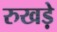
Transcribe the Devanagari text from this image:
रुखड़े